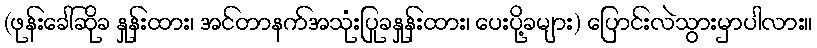
(ဖုန်းခေါ်ဆိုခ နှုန်းထား၊ အင်တာနက်အသုံးပြုခနှုန်းထား၊ ပေးပို့ခများ) ပြောင်းလဲသွားမှာပါလား။